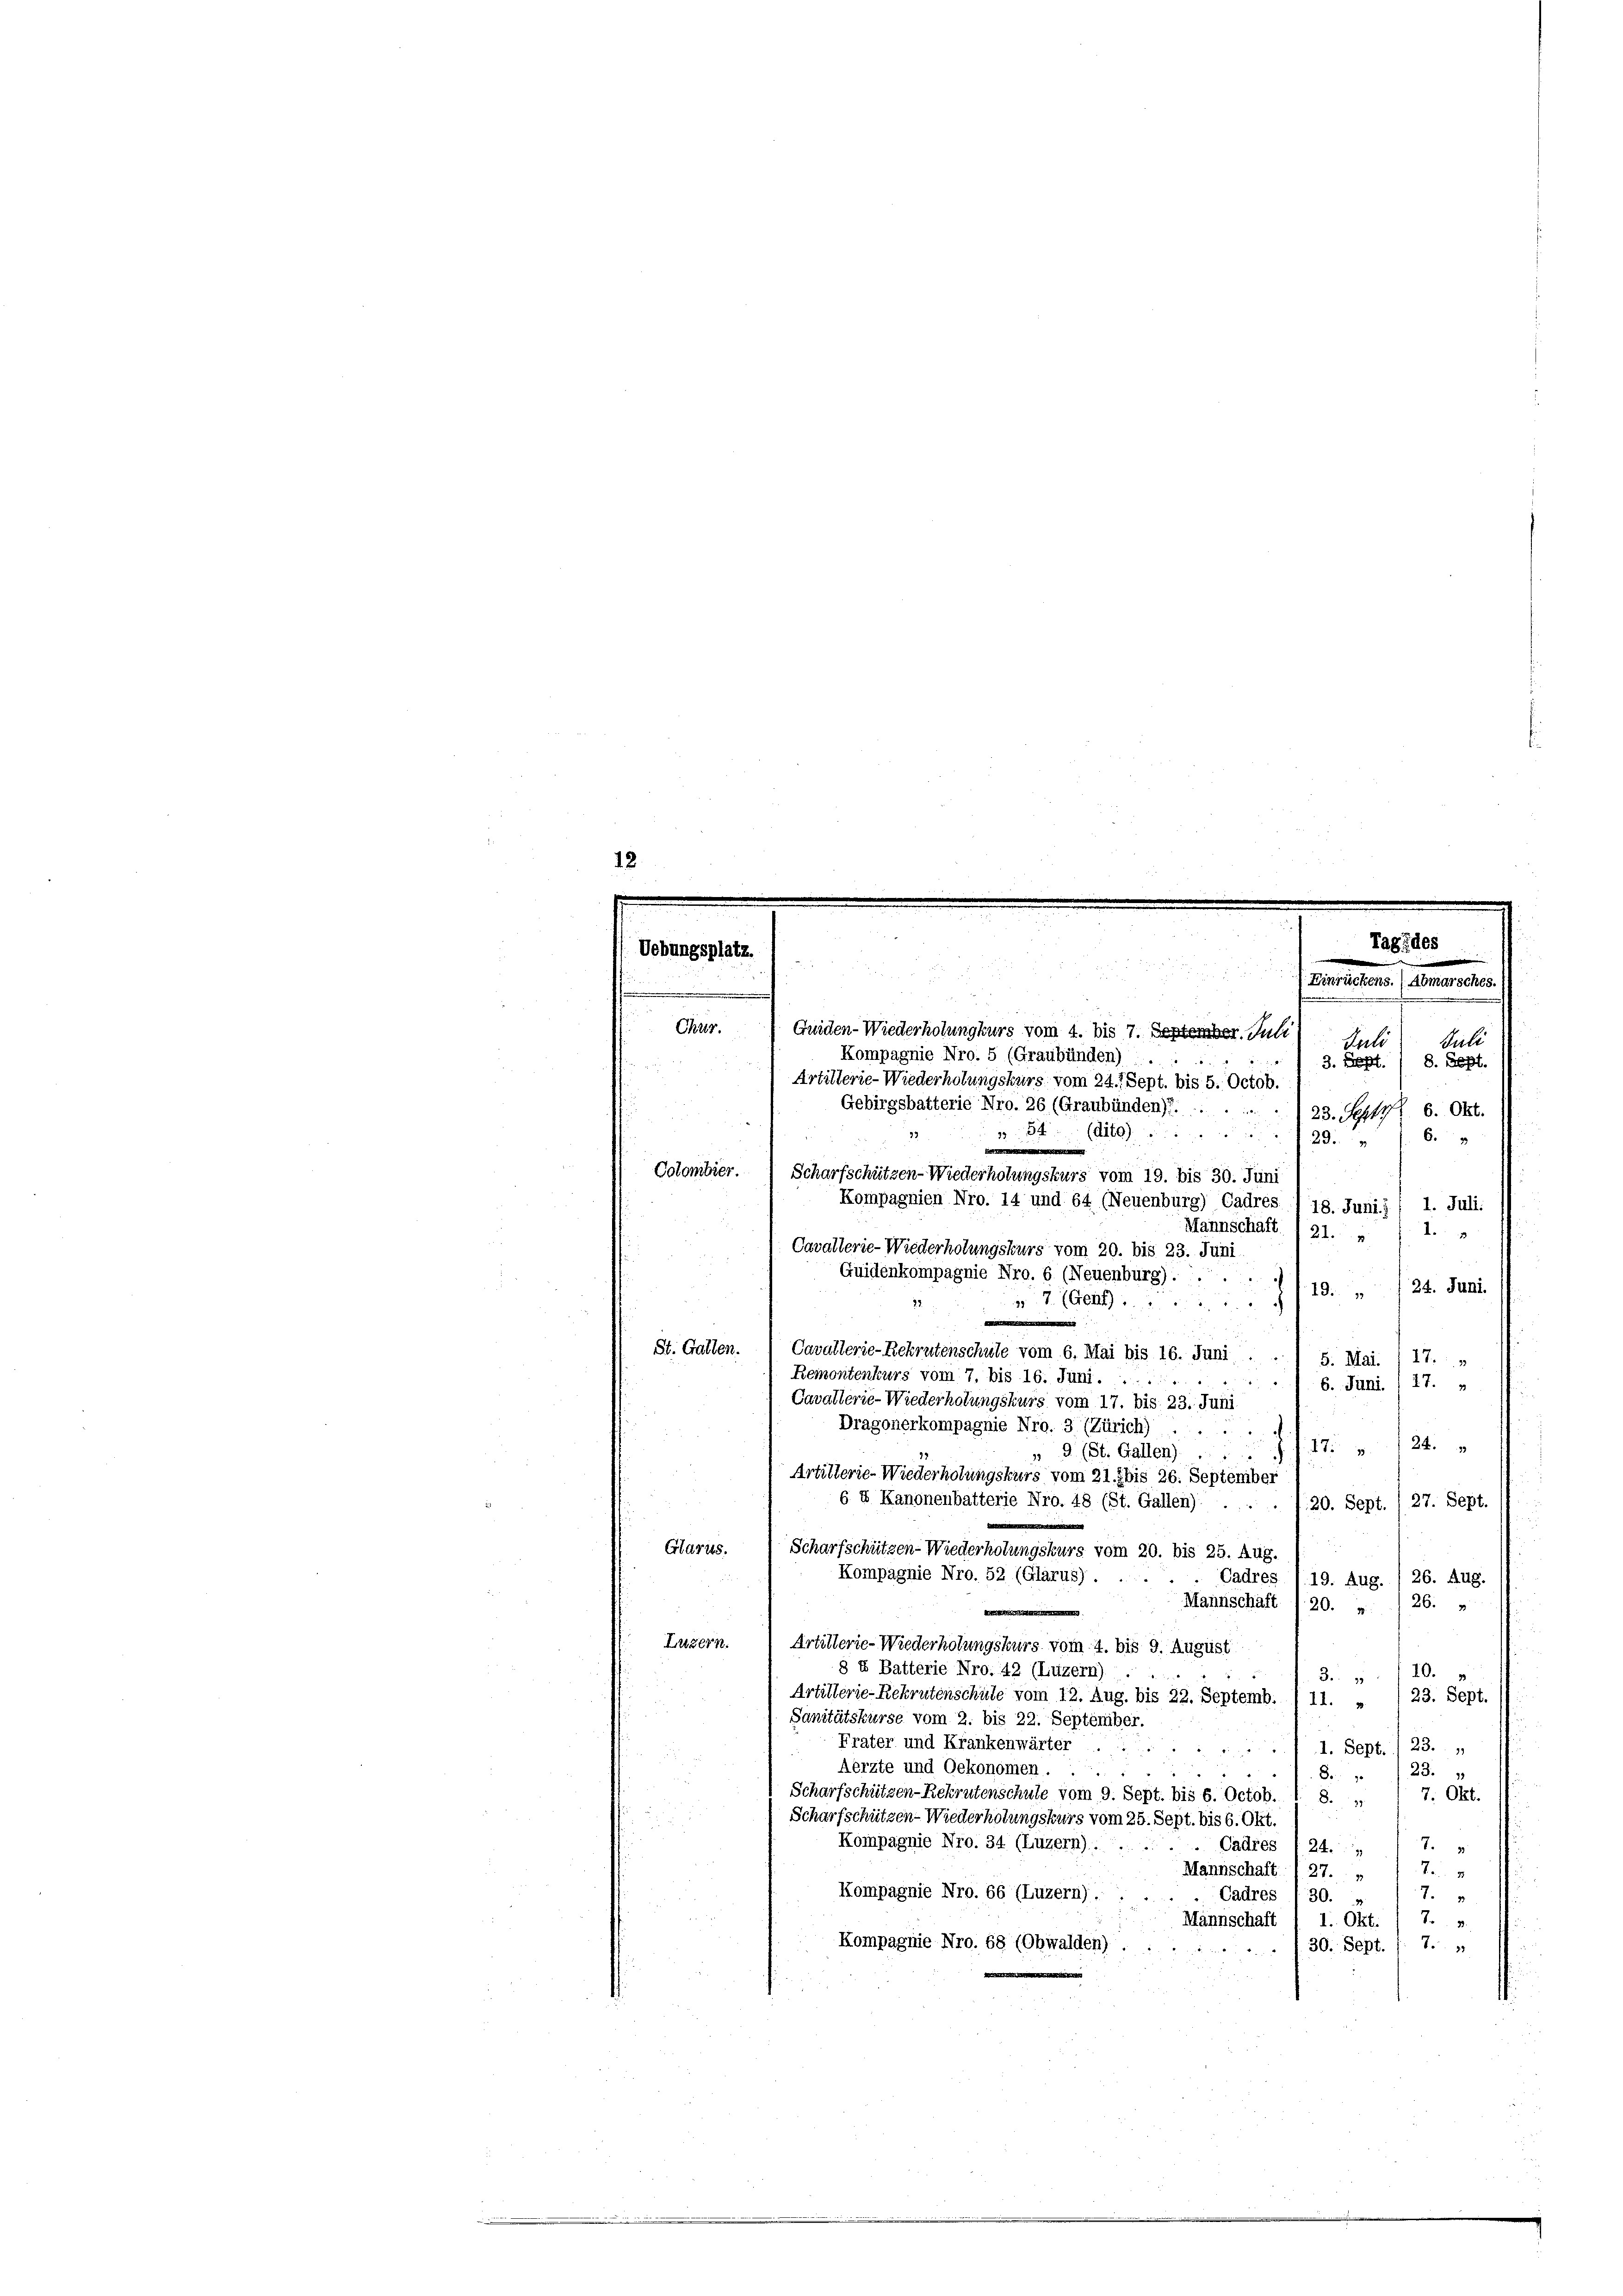
Griden-Wiederholungkurs vom 4. bis 7. September Juli
Kompagnie Nro. 5 (Graubünden)
Artillerie-Wiederholungskurs vom 24. Sept. bis 5. Octob.
Gebirgsbatterie Nro. 26 (Graubünden).
84 (dito.
73
Colombier.
Scharfschützen-Wiederholungskurs vom 19. bis 30. Juni
Cavallerie-Wiederholungskurs vom 20. bis 23. Juni
Guidenkompagnie Nro. 6 (Neuenburg).
7 (Genf
99
St. Gallen.
Cavallerie-Rekrutenschule vom 6. Mai bis 16. Juni ..
Remontenkurs vom 7. bis 16. Juni.  ..
Cavallerie-Wiederholungskurs vom 17. bis 23. Juni
Dragonerkompagnie Nro. 3 (Zürich)

1. Juli:
9
24. Juni.
29.
5. Mai. /17.: »
t
6. Juni , 17.
i
» 9 (St. Gallen . . . . . . . . . 27. 124.
Artillerie-Wiederholungskurs vom 21. bis 26. September
20. Sept. (27. Sept.
Glarus.
Scharfschützen-Wiederholungskurs vom 20. bis 25. Aug.
Kompagnie Nro. 52 (Glarus)
Cadres /19. Aug. /26. Aug.
Mannschaft 1 20. „ / 26. „
.
Luzern.
Artillerie-Wiederholungskurs vom 4. bis 9. August
§ 4 Batterie Nro. 42 (Luzern)
10.
3. 7
Artillerie-Rekrutenschule vom 12. Aug. bis 22. Septemb. 1 11. „ / 23. Sept.
Sanitätskurse vom 2. bis 22. September.
Frater und Krankenwärter . .
I. Sept./ 23.

Aerzte und Oekonomen.
23.
 8 1
7. Okt.
Scharfschützen-Rekrutenschule vom 9. Sept. bis 6. Octob. 1 8. „
Scharfschützen-Wiederholungskurs vom 25. Sept. bis 6. Okt.
Kompagnie No. 34 (Luzern):
7.
Cadres 1 24.
Mannschaft
To
27.
Kompagnie Nro. 66 (Luzern).
7.
Cadres 130. „
Mannschaft I 1. Okt. / 7. v.
Kompagnie Nro. 68 (Obwalden)
30. Sept. f. 7.

Chus.

a
r

6 & Kanonenbatterie Nro. 48 (St. Gallen) ...

Kompagnien Nro. 14 und 64 (Neuenburg) Cadres I 18. Juni.)

) Einrückens. (Abmarsches.
Sule
Seli
3. Sept. 8. Sept.
23. Sept. 8. Okt.
6
29.

Mannschaft I 21. „  1.